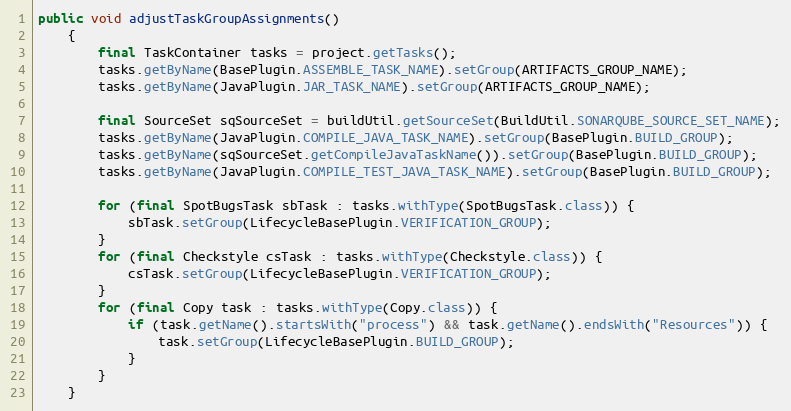
Language: Java
public void adjustTaskGroupAssignments()
    {
        final TaskContainer tasks = project.getTasks();
        tasks.getByName(BasePlugin.ASSEMBLE_TASK_NAME).setGroup(ARTIFACTS_GROUP_NAME);
        tasks.getByName(JavaPlugin.JAR_TASK_NAME).setGroup(ARTIFACTS_GROUP_NAME);

        final SourceSet sqSourceSet = buildUtil.getSourceSet(BuildUtil.SONARQUBE_SOURCE_SET_NAME);
        tasks.getByName(JavaPlugin.COMPILE_JAVA_TASK_NAME).setGroup(BasePlugin.BUILD_GROUP);
        tasks.getByName(sqSourceSet.getCompileJavaTaskName()).setGroup(BasePlugin.BUILD_GROUP);
        tasks.getByName(JavaPlugin.COMPILE_TEST_JAVA_TASK_NAME).setGroup(BasePlugin.BUILD_GROUP);

        for (final SpotBugsTask sbTask : tasks.withType(SpotBugsTask.class)) {
            sbTask.setGroup(LifecycleBasePlugin.VERIFICATION_GROUP);
        }
        for (final Checkstyle csTask : tasks.withType(Checkstyle.class)) {
            csTask.setGroup(LifecycleBasePlugin.VERIFICATION_GROUP);
        }
        for (final Copy task : tasks.withType(Copy.class)) {
            if (task.getName().startsWith("process") && task.getName().endsWith("Resources")) {
                task.setGroup(LifecycleBasePlugin.BUILD_GROUP);
            }
        }
    }